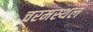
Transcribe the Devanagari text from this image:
चरमस्थल